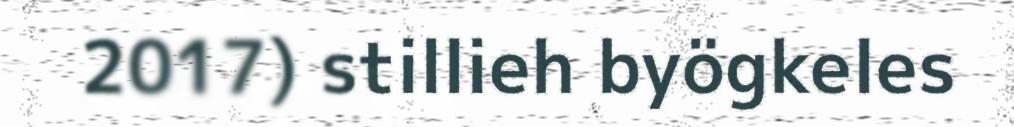
2017) stillieh byögkeles